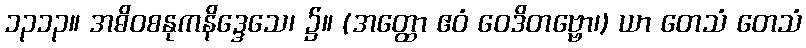
၁၃၁၃။ အဓိဝစနုကနိဒ္ဒေသေ၊ ၌။ (အတ္ထော ဧဝံ ဝေဒိတဗ္ဗော၊) ယာ တေသံ တေသံ